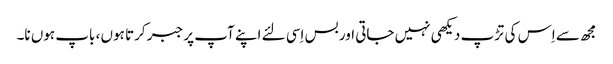
مجھ سے اِس کی تڑپ دیکھی نہیں جاتی اور بس اِسی لئے اپنے آپ پر جبر کرتا ہوں ، باپ ہوں نا۔